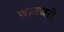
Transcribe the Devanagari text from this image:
ब्राउजरो